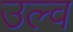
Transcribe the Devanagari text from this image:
उल्व